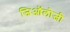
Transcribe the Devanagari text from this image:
जिऑलोजी